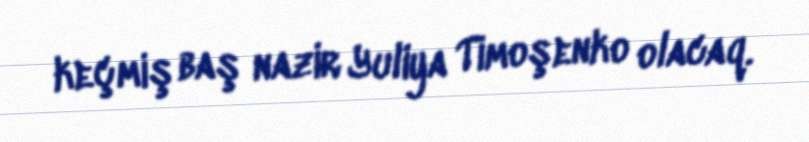
keçmiş baş nazir Yuliya Timoşenko olacaq.